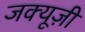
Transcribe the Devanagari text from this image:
जक्यूज़ी